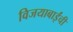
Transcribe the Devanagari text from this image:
विजयाबाईंची